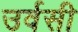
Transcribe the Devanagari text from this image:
उर्वसी